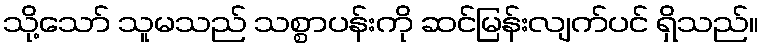
သို့သော် သူမသည် သစ္စာပန်းကို ဆင်မြန်းလျက်ပင် ရှိသည်။